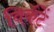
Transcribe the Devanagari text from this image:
विकॅटें